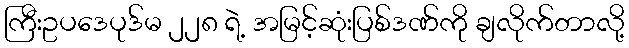
ကြီးဥပဒေပုဒ်မ ၂၂၈ ရဲ့ အမြင့်ဆုံးပြစ်ဒဏ်ကို ချလိုက်တာလို့